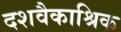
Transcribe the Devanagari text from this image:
दशवैकाश्रिक